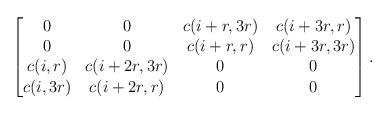
LaTeX: \begin{align*}\begin{bmatrix}0&0&c(i+r,3r)&c(i+3r,r)\\0&0&c(i+r,r)&c(i+3r,3r)\\c(i,r)&c(i+2r,3r)&0&0\\c(i,3r)&c(i+2r,r)&0&0\\\end{bmatrix}.\end{align*}